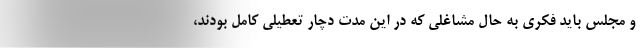
و مجلس باید فکری به حال مشاغلی که در این مدت دچار تعطیلی کامل بودند،